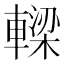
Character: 𨎛